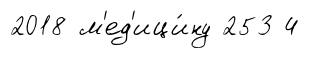
2018 м'ед'ици́ну 253 4